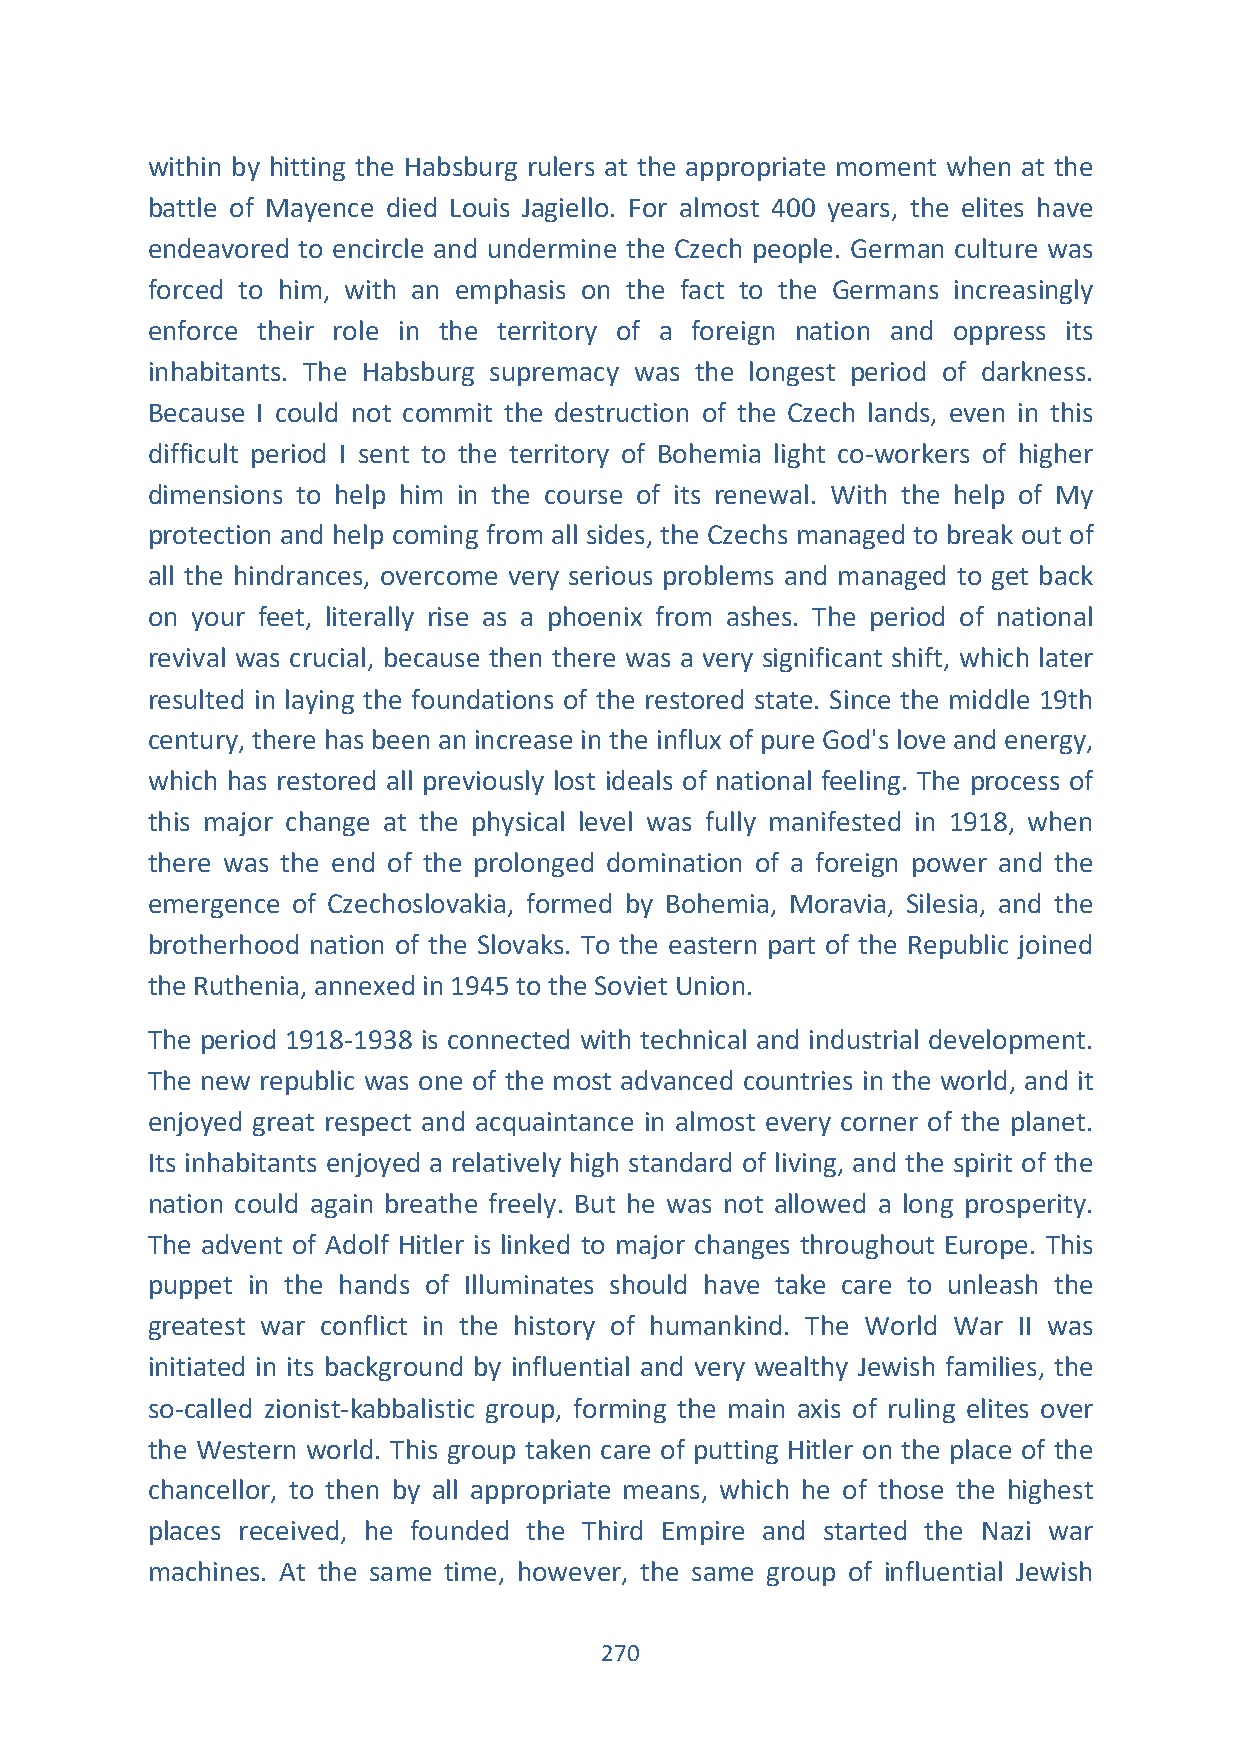
within by hitting the Habsburg rulers at the appropriate moment when at the
 battle of Mayence died Louis Jagiello. For almost 400 years, the elites have
 endeavored to encircle and undermine the Czech people. German culture was
 forced to him, with an emphasis on the fact to the Germans increasingly
 enforce their role in the territory of a foreign nation and oppress its
 inhabitants. The Habsburg supremacy was the longest period of darkness.
 Because I could not commit the destruction of the Czech lands, even in this
 difficult period I sent to the territory of Bohemia light co-workers of higher
 dimensions to help him in the course of its renewal. With the help of My
 protection and help coming from all sides, the Czechs managed to break out of
 all the hindrances, overcome very serious problems and managed to get back
 on your feet, literally rise as a phoenix from ashes. The period of national
 revival was crucial, because then there was a very significant shift, which later
 resulted in laying the foundations of the restored state. Since the middle 19th
 century, there has been an increase in the influx of pure God's love and energy,
 which has restored all previously lost ideals of national feeling. The process of
 this major change at the physical level was fully manifested in 1918, when
 there was the end of the prolonged domination of a foreign power and the
 emergence of Czechoslovakia, formed by Bohemia, Moravia, Silesia, and the
 brotherhood nation of the Slovaks. To the eastern part of the Republic joined
 the Ruthenia, annexed in 1945 to the Soviet Union.
 The period 1918-1938 is connected with technical and industrial development.
 The new republic was one of the most advanced countries in the world, and it
 enjoyed great respect and acquaintance in almost every corner of the planet.
 Its inhabitants enjoyed a relatively high standard of living, and the spirit of the
 nation could again breathe freely. But he was not allowed a long prosperity.
 The advent of Adolf Hitler is linked to major changes throughout Europe. This
 puppet in the hands of Illuminates should have take care to unleash the
 greatest war conflict in the history of humankind. The World War II was
 initiated in its background by influential and very wealthy Jewish families, the
 so-called zionist-kabbalistic group, forming the main axis of ruling elites over
 the Western world. This group taken care of putting Hitler on the place of the
 chancellor, to then by all appropriate means, which he of those the highest
 places received, he founded the Third Empire and started the Nazi war
 machines. At the same time, however, the same group of influential Jewish
 270